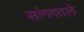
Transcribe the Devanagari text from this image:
सांगगतले